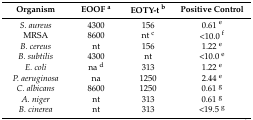
<table><thead><tr><td><b>Organism</b></td><td><b>EOOF <sup>a</sup></b></td><td><b>EOTY-t <sup>b</sup></b></td><td><b>Positive Control</b></td></tr></thead><tbody><tr><td><i>S. aureus</i></td><td>4300</td><td>156</td><td>0.61 <sup>e</sup></td></tr><tr><td>MRSA</td><td>8600</td><td>nt <sup>c</sup></td><td>&lt;10.0 <sup>f</sup></td></tr><tr><td><i>B. cereus</i></td><td>nt</td><td>156</td><td>1.22 <sup>e</sup></td></tr><tr><td><i>B. subtilis</i></td><td>4300</td><td>nt</td><td>&lt;10.0 <sup>e</sup></td></tr><tr><td><i>E. coli</i></td><td>na <sup>d</sup></td><td>313</td><td>1.22 <sup>e</sup></td></tr><tr><td><i>P. aeruginosa</i></td><td>na</td><td>1250</td><td>2.44 <sup>e</sup></td></tr><tr><td><i>C. albicans</i></td><td>8600</td><td>1250</td><td>0.61 <sup>g</sup></td></tr><tr><td><i>A. niger</i></td><td>nt</td><td>313</td><td>0.61 <sup>g</sup></td></tr><tr><td><i>B. cinerea</i></td><td>nt</td><td>313</td><td>&lt;19.5 <sup>g</sup></td></tr></tbody></table>